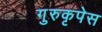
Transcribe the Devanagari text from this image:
गुरुकृपेस